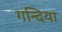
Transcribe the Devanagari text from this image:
गन्दिया